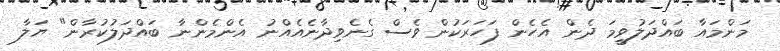
މަންމައާ ބައްދަލުވީމަ ދެން އެހެން ފަހަރަކުން ވެސް ގެނެވިދާނެއެއްނު އެންމެންނާ ބައްދަލުކުރާން" ޔަލާ